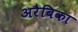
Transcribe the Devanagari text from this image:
अरैबिका